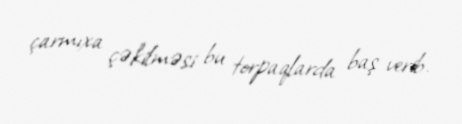
çarmıxa çəkilməsi bu torpaqlarda baş verib.